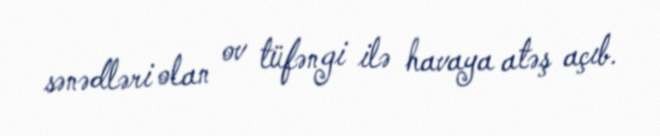
sənədləri olan ov tüfəngi ilə havaya atəş açıb.